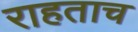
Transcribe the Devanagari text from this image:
राहताच